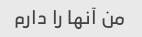
من آنها را دارم